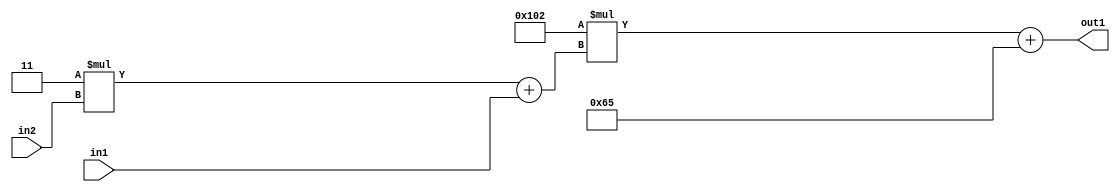
`timescale 1ps / 1ps
/*****************************************************************************
    Verilog RTL Description
    
    
    Created by: Stratus DpOpt 2019.1.01 
*******************************************************************************/

module DC_Filter_Add2i101Mul2i258Add2u1Mul2i3u2_1 (
	in2,
	in1,
	out1
	); /* architecture "behavioural" */ 
input [1:0] in2;
input  in1;
output [11:0] out1;
wire [11:0] asc001;
wire [3:0] asc002;

wire [3:0] asc002_tmp_0;
assign asc002_tmp_0 = 
	+(4'B0011 * in2);
assign asc002 = asc002_tmp_0
	+(in1);

wire [11:0] asc001_tmp_1;
assign asc001_tmp_1 = 
	+(12'B000100000010 * asc002);
assign asc001 = asc001_tmp_1
	+(12'B000001100101);

assign out1 = asc001;
endmodule

/* CADENCE  v7X0SgE= : u9/ySgnWtBlWxVPRXgAZ4Og= ** DO NOT EDIT THIS LINE ******/